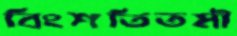
বিংশতিতমী